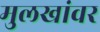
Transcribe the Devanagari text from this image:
मुलखांवर